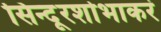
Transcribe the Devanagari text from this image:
सिन्दूरशोभाकरं